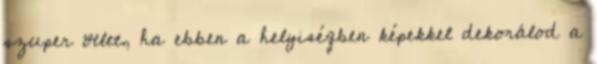
szuper ötlet, ha ebben a helyiségben képekkel dekorálod a